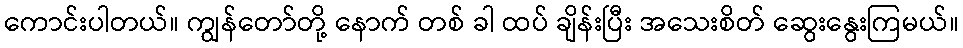
ကောင်းပါတယ်။ ကျွန်တော်တို့ နောက် တစ် ခါ ထပ် ချိန်းပြီး အသေးစိတ် ဆွေးနွေးကြမယ်။